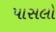
પાસલો